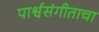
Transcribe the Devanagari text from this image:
पार्श्वसंगीताचा